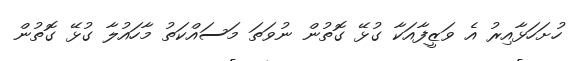
ހުށަހަޅާއިރު އެ ވަޒީފާއަކާ ގުޅޭ ގޮތުން ނުވަތަ މަސައްކަތު މާހައުލާ ގުޅޭ ގޮތުން